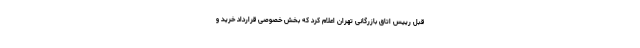
قبل رییس اتاق بازرگانی تهران اعلام کرد که بخش خصوصی قرارداد خرید و